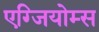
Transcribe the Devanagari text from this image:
एग्जियोम्स